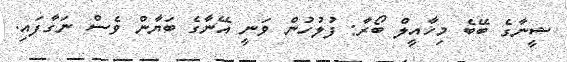
ޝީނާގެ ބޭބެ މިޚާއީލް ބޯރާ: ފުލުހުން ވަނީ އޭނާގެ ބަޔާން ވެސް ނަގާފައި.